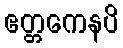
ဧတ္တကေနပိ